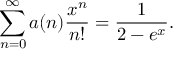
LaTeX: \sum _ { n = 0 } ^ { \infty } a ( n ) { \frac { x ^ { n } } { n ! } } = { \frac { 1 } { 2 - e ^ { x } } } .